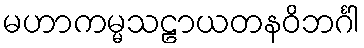
မဟာကမ္မသဠာယတနဝိဘင်္ဂါ